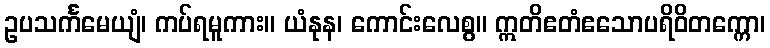
ဥပသင်္ကမေယျံ၊ ကပ်ရမူကား။ ယံနုန၊ ကောင်းလေစွ။ ဣတိဧတံဧသောပရိဝိတက္ကော၊